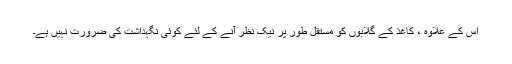
اس کے علاوہ ، کاغذ کے گلابوں کو مستقل طور پر نیک نظر آنے کے لئے کوئی نگہداشت کی ضرورت نہیں ہے۔